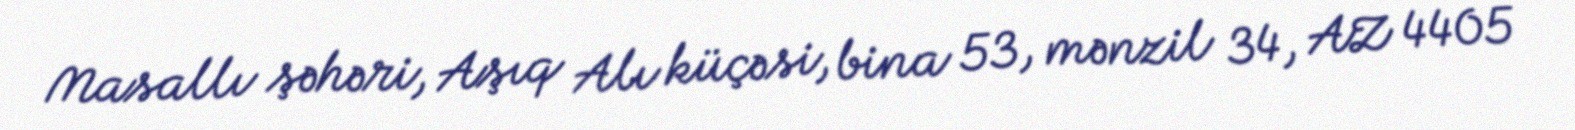
Masallı şəhəri, Aşıq Alı küçəsi, bina 53, mənzil 34, AZ 4405